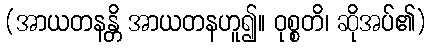
(အာယတနန္တိ အာယတနဟူ၍။ ဝုစ္စတိ၊ ဆိုအပ်၏)